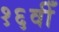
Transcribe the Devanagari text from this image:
१६वीँ